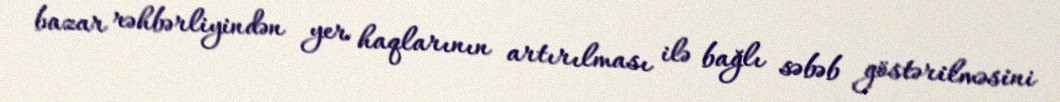
bazar rəhbərliyindən yer haqlarının artırılması ilə bağlı səbəb göstərilməsini